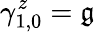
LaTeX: \gamma_{1,0}^{z}=\mathfrak{g}